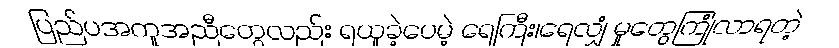
ပြည်ပအကူအညီတွေလည်း ရယူခဲ့ပေမဲ့ ရေကြီး၊ရေလျှံ မှုတွေကြုံလာရတဲ့